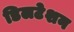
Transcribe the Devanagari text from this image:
डिलटेशन